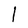
Character: 1